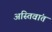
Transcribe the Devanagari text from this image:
अस्तिवांत